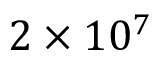
2 \times 1 0 ^ { 7 }